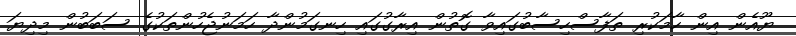
ޔޫއެން އިން ހާމަކުރި ތަފާސްހިސާބުގައިވާ ގޮތުން އިރާގުގައި ހިނގަމުންދާ ހަމަނުޖެހުންތަކުގެ ސަބަބުން މިދިޔަ